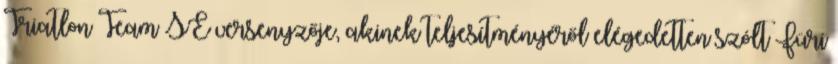
Triatlon Team SE versenyzője, akinek teljesítményéről elégedetten szólt Füri